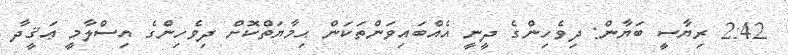
2:42 ރިޔާސީ ބަޔާން: ދިވެހިންގެ ދީނީ އެއްބައިވަންތަކަން ޙިމާޔަތްކޮށް ދިވެހިންގެ އިސްލާމީ ޢަޤީދާ